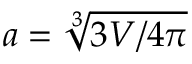
a = \sqrt [ 3 ] { 3 V / 4 \pi }